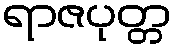
ရာဇပုတ္တ